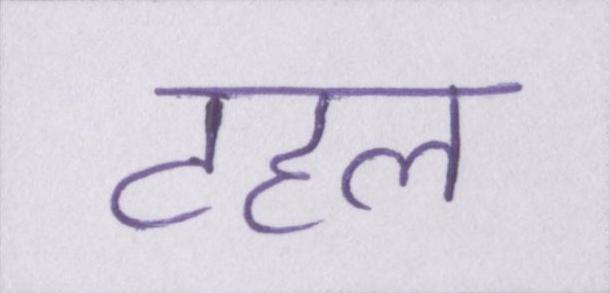
टहल